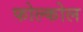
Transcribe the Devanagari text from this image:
फोल्कोल